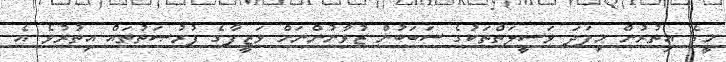
މީގެ އިތުރުން މިފަދަ ވަސީލަތްތަކުގެ ސަބަބުން ޒުވާނުންނަށް ވަޒީފާގެ ފުރުޞަތުތައް އިތުރުވެ އެ